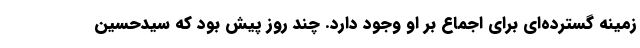
زمینه گسترده‌ای برای اجماع بر او وجود دارد. چند روز پیش بود که سیدحسین